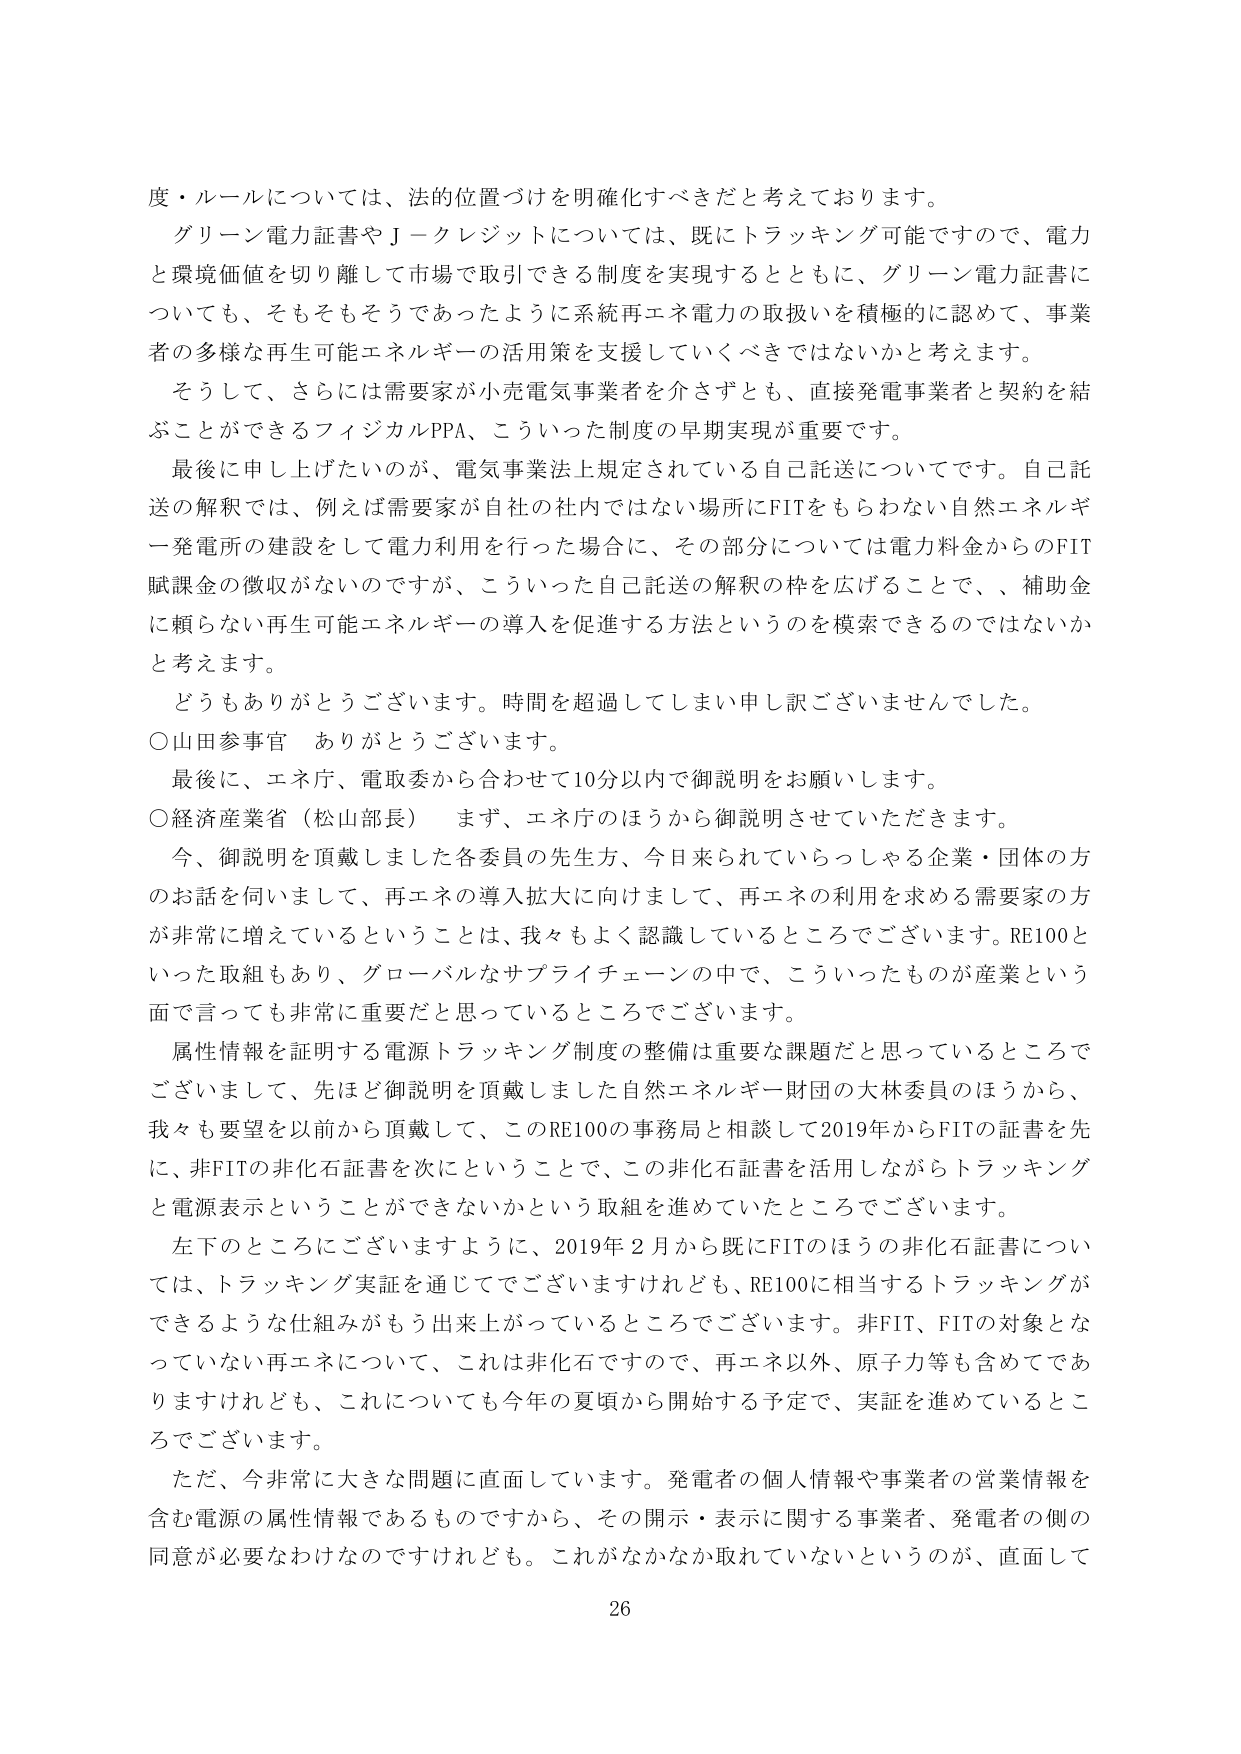
度・ルールについては、法的位置づけを明確化すべきだと考えております。
グリーン電力証書やＪ－クレジットについては、既にトラッキング可能ですので、電力と環境価値を切り離して市場で取引できる制度を実現するとともに、グリーン電力証書についても、そもそもそうであったように系統再エネ電力の取扱いを積極的に認めて、事業者の多様な再生可能エネルギーの活用策を支援していくべきではないかと考えます。
そうして、さらには需要家が小売電気事業者を介さずとも、直接発電事業者と契約を結ぶことができるフィジカルPPA、こういった制度の早期実現が重要です。
最後に申し上げたいのが、電気事業法上規定されている自己託送についてです。自己託送の解釈では、例えば需要家が自社の社内ではない場所にFITをもらわない自然エネルギー発電所の建設をして電力利用を行った場合に、その部分については電力料金からのFIT賦課金の徴収がないのですが、こういった自己託送の解釈の枠を広げることで、補助金に頼らない再生可能エネルギーの導入を促進する方法というのを模索できるのではないかと考えます。
どうもありがとうございます。時間を超過してしまい申し訳ございませんでした。
○山田参事官　ありがとうございます。
最後に、エネ庁、電取委から合わせて10分以内で御説明をお願いします。
○経済産業省（松山部長）　まず、エネ庁のほうから御説明をさせていただきます。
今、御説明を頂戴しました各委員の先生方、今日来られていらっしゃる企業・団体の方のお話を伺いまして、再エネの導入拡大に向けまして、再エネの利用を求める需要家の方が非常に増えているということは、我々もよく認識しているところでございます。RE100といった取組もあり、グローバルなサプライチェーンの中で、こういったものが産業という面で言っても非常に重要だと思っているところでございます。
属性情報を証明する電源トラッキング制度の整備は重要な課題だと思っているところでございまして、先ほど御説明を頂戴しました自然エネルギー財団の大林委員のほうから、我々も要望を以前から頂戴して、このRE100の事務局と相談して2019年からFITの証書を先に、非FITの非化石証書を次にということで、この非化石証書を活用しながらトラッキングと電源表示ということができないかという取組を進めていたところでございます。
左下のところにございますように、2019年2月から既にFITのほうの非化石証書については、トラッキング実証を通じてございますけれども、RE100に相当するトラッキングができるような仕組みがもう出来上がっているところでございます。非FIT、FITの対象となっていない再エネについて、これは非化石ですので、再エネ以外、原子力等も含めてでありますけれども、これについても今年の夏頃から開始する予定で、実証を進めているところでございます。
ただ、今非常に大きな問題に直面しています。発電者の個人情報や事業者の営業情報を含む電源の属性情報であるものですから、その開示・表示に関する事業者、発電者の側の同意が必要なわけなのですがけれども、これがなかなか取れていないというのが、直面して
26